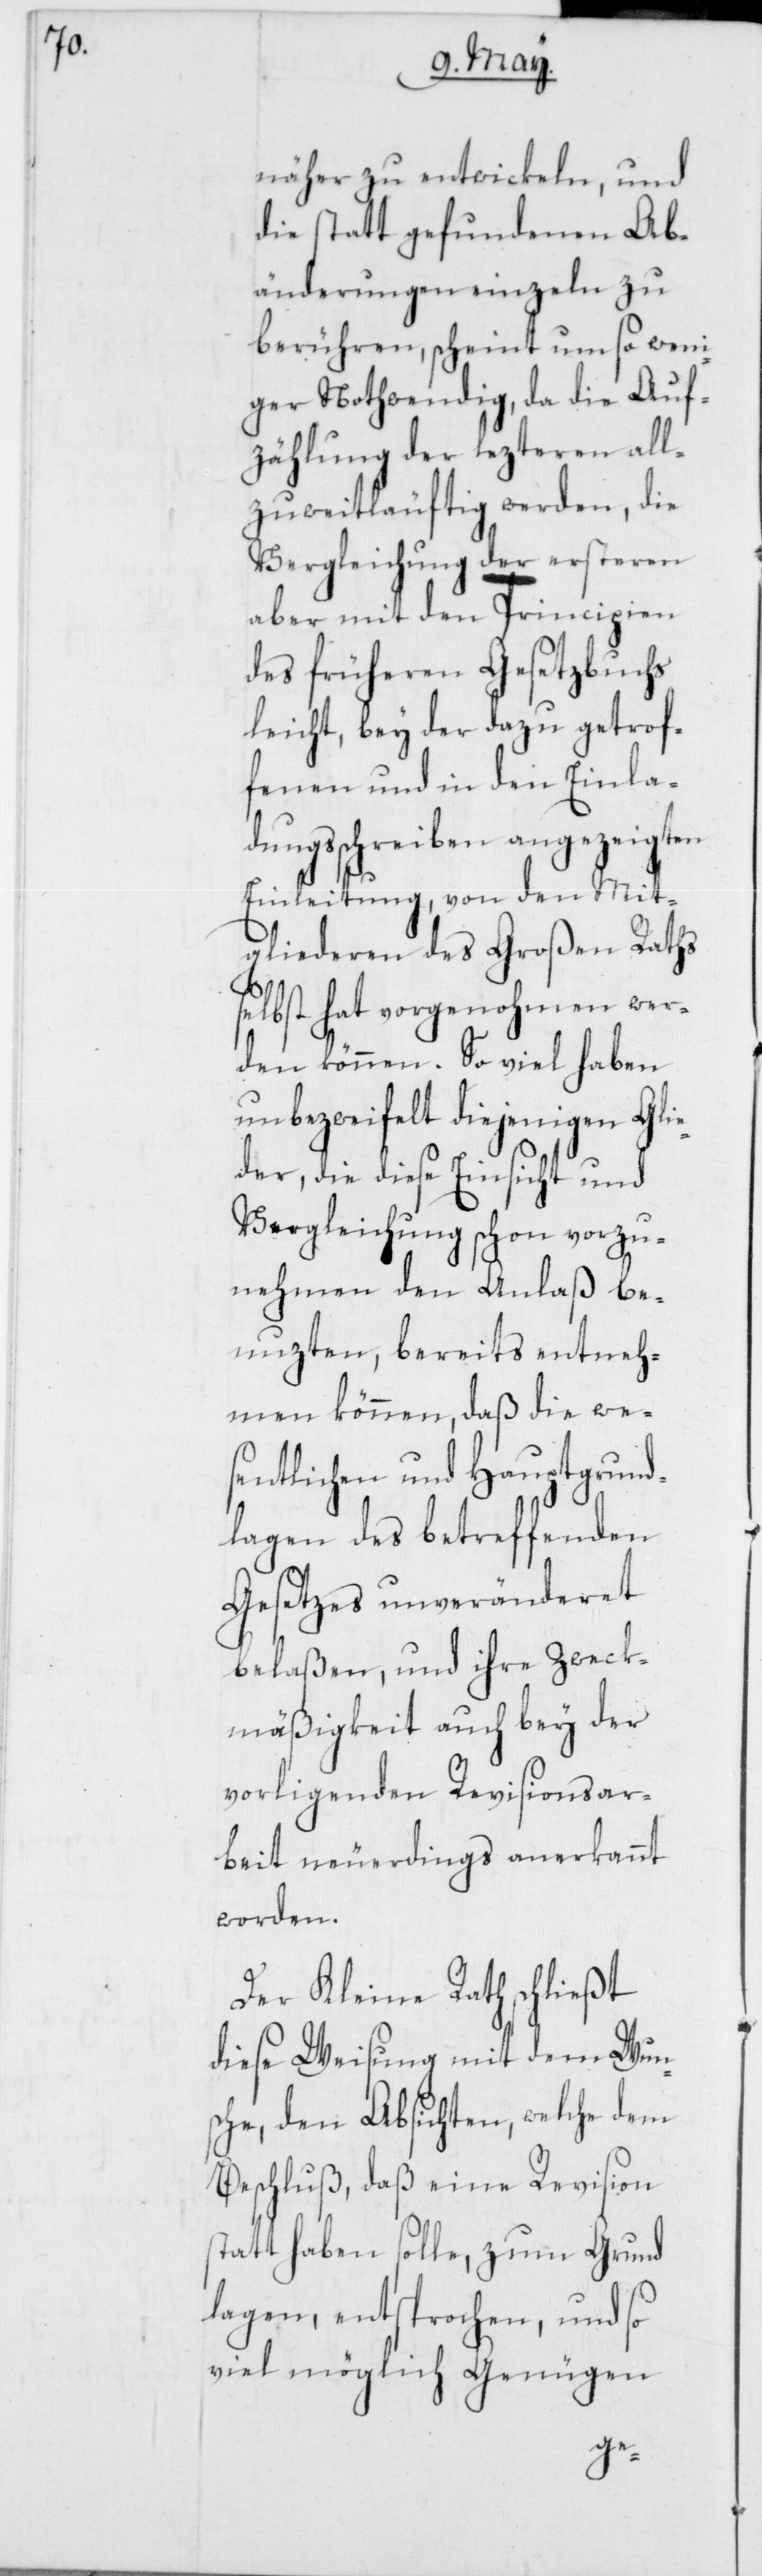
näher zu entwickeln, und
die statt gefundenen Ab¬
änderungen einzeln zu
berühren, scheint um so weni¬
ger Nothwendig, da die Auf¬
zählung der lezteren all¬
zuweitläufig werden, die
Vergleichung der ersteren
aber mit den Principien
des früheren Gesetzbuchs
leicht, bey der dazu getrof¬
fenen und in den Einla¬
dungsschreiben angezeigten
Einleitung, von den Mit¬
gliederen des Großen Raths
selbst hat vorgenohmen wer¬
den können. So viel haben
unbezweifelt diejenigen Gli¬
eder, die diese Einsicht und
Vergleichung schon vorzu¬
nehmen den Anlaß be¬
nuzten, bereits entneh¬
men können, daß die we¬
sentlichen und Hauptgrund¬
lagen des betreffenden
Gesetzes unveränderet
belaßen, und ihre Zweck¬
mäßigkeit auch bey der
vorligenden Revisionsar¬
beit neuerdings anerkannt
worden.
Der Kleine Rath schließt
diese Weisung mit dem Wun¬
sche, den Absichten, welche dem
Beschluß daß eine Revision
statt haben solle, zum Grund
lagen, entsprochen, und so
viel möglich Genügen